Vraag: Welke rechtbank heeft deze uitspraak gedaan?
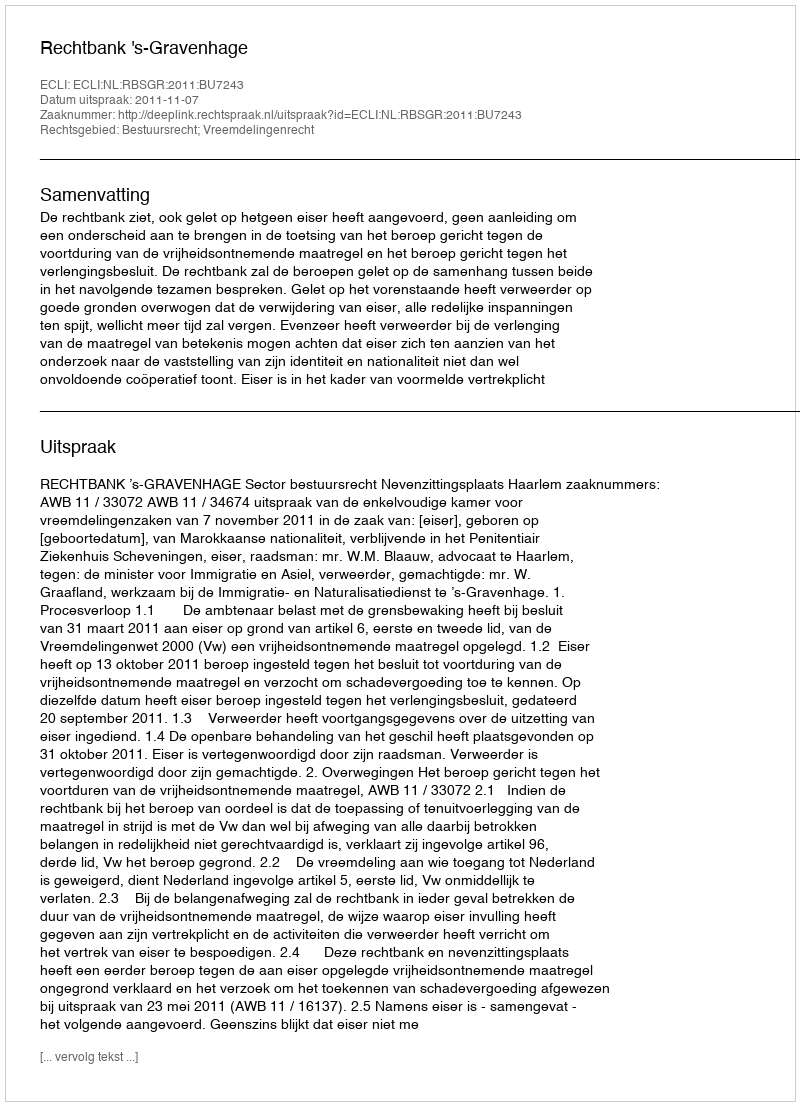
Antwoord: Rechtbank 's-Gravenhage